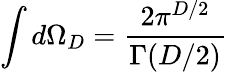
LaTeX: \int d\Omega_{D}=\frac{2\pi^{D/2}}{\Gamma(D/2)}